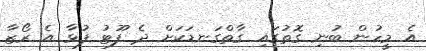
އެ މީހުން ބުނި ގޮތުގައި ގާތްގަނޑަކަށް ދެ ފޫޓު ފުޅާ އެ ރޯޒާ